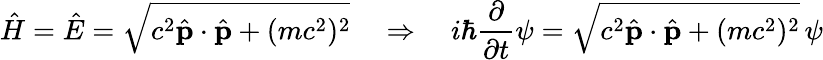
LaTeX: {\hat{H}}={\hat{E}}={\sqrt{c^{2}{\hat{\mathbf{p}}}\cdot{\hat{\mathbf{p}}}+(mc^{2})^{2}}}\quad\Rightarrow\quad i\hbar{\frac{\partial}{\partial t}}\psi={\sqrt{c^{2}{\hat{\mathbf{p}}}\cdot{\hat{\mathbf{p}}}+(mc^{2})^{2}}}\, \psi